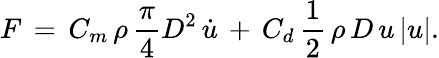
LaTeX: F\, =\, C_{m}\, \rho\, {\frac{\pi}{4}}D^{2}\, {\dot{u}}\, +\, C_{d}\, {\frac{1}{2}}\, \rho\, D\, u\, |u|.